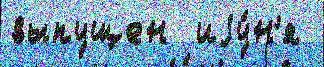
выпущен  иjу́н'я